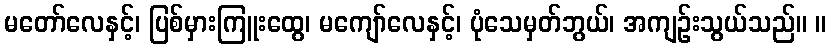
မတော်လေနှင့်၊ ပြစ်မှားကြူးထွေ၊ မကျော်လေနှင့်၊ ပုံသေမှတ်ဘွယ်၊ အကျဉ်းသွယ်သည်။ ။